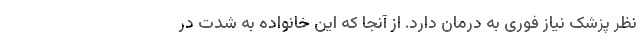
نظر پزشک نیاز فوری به درمان دارد. از آنجا که این خانواده به شدت در